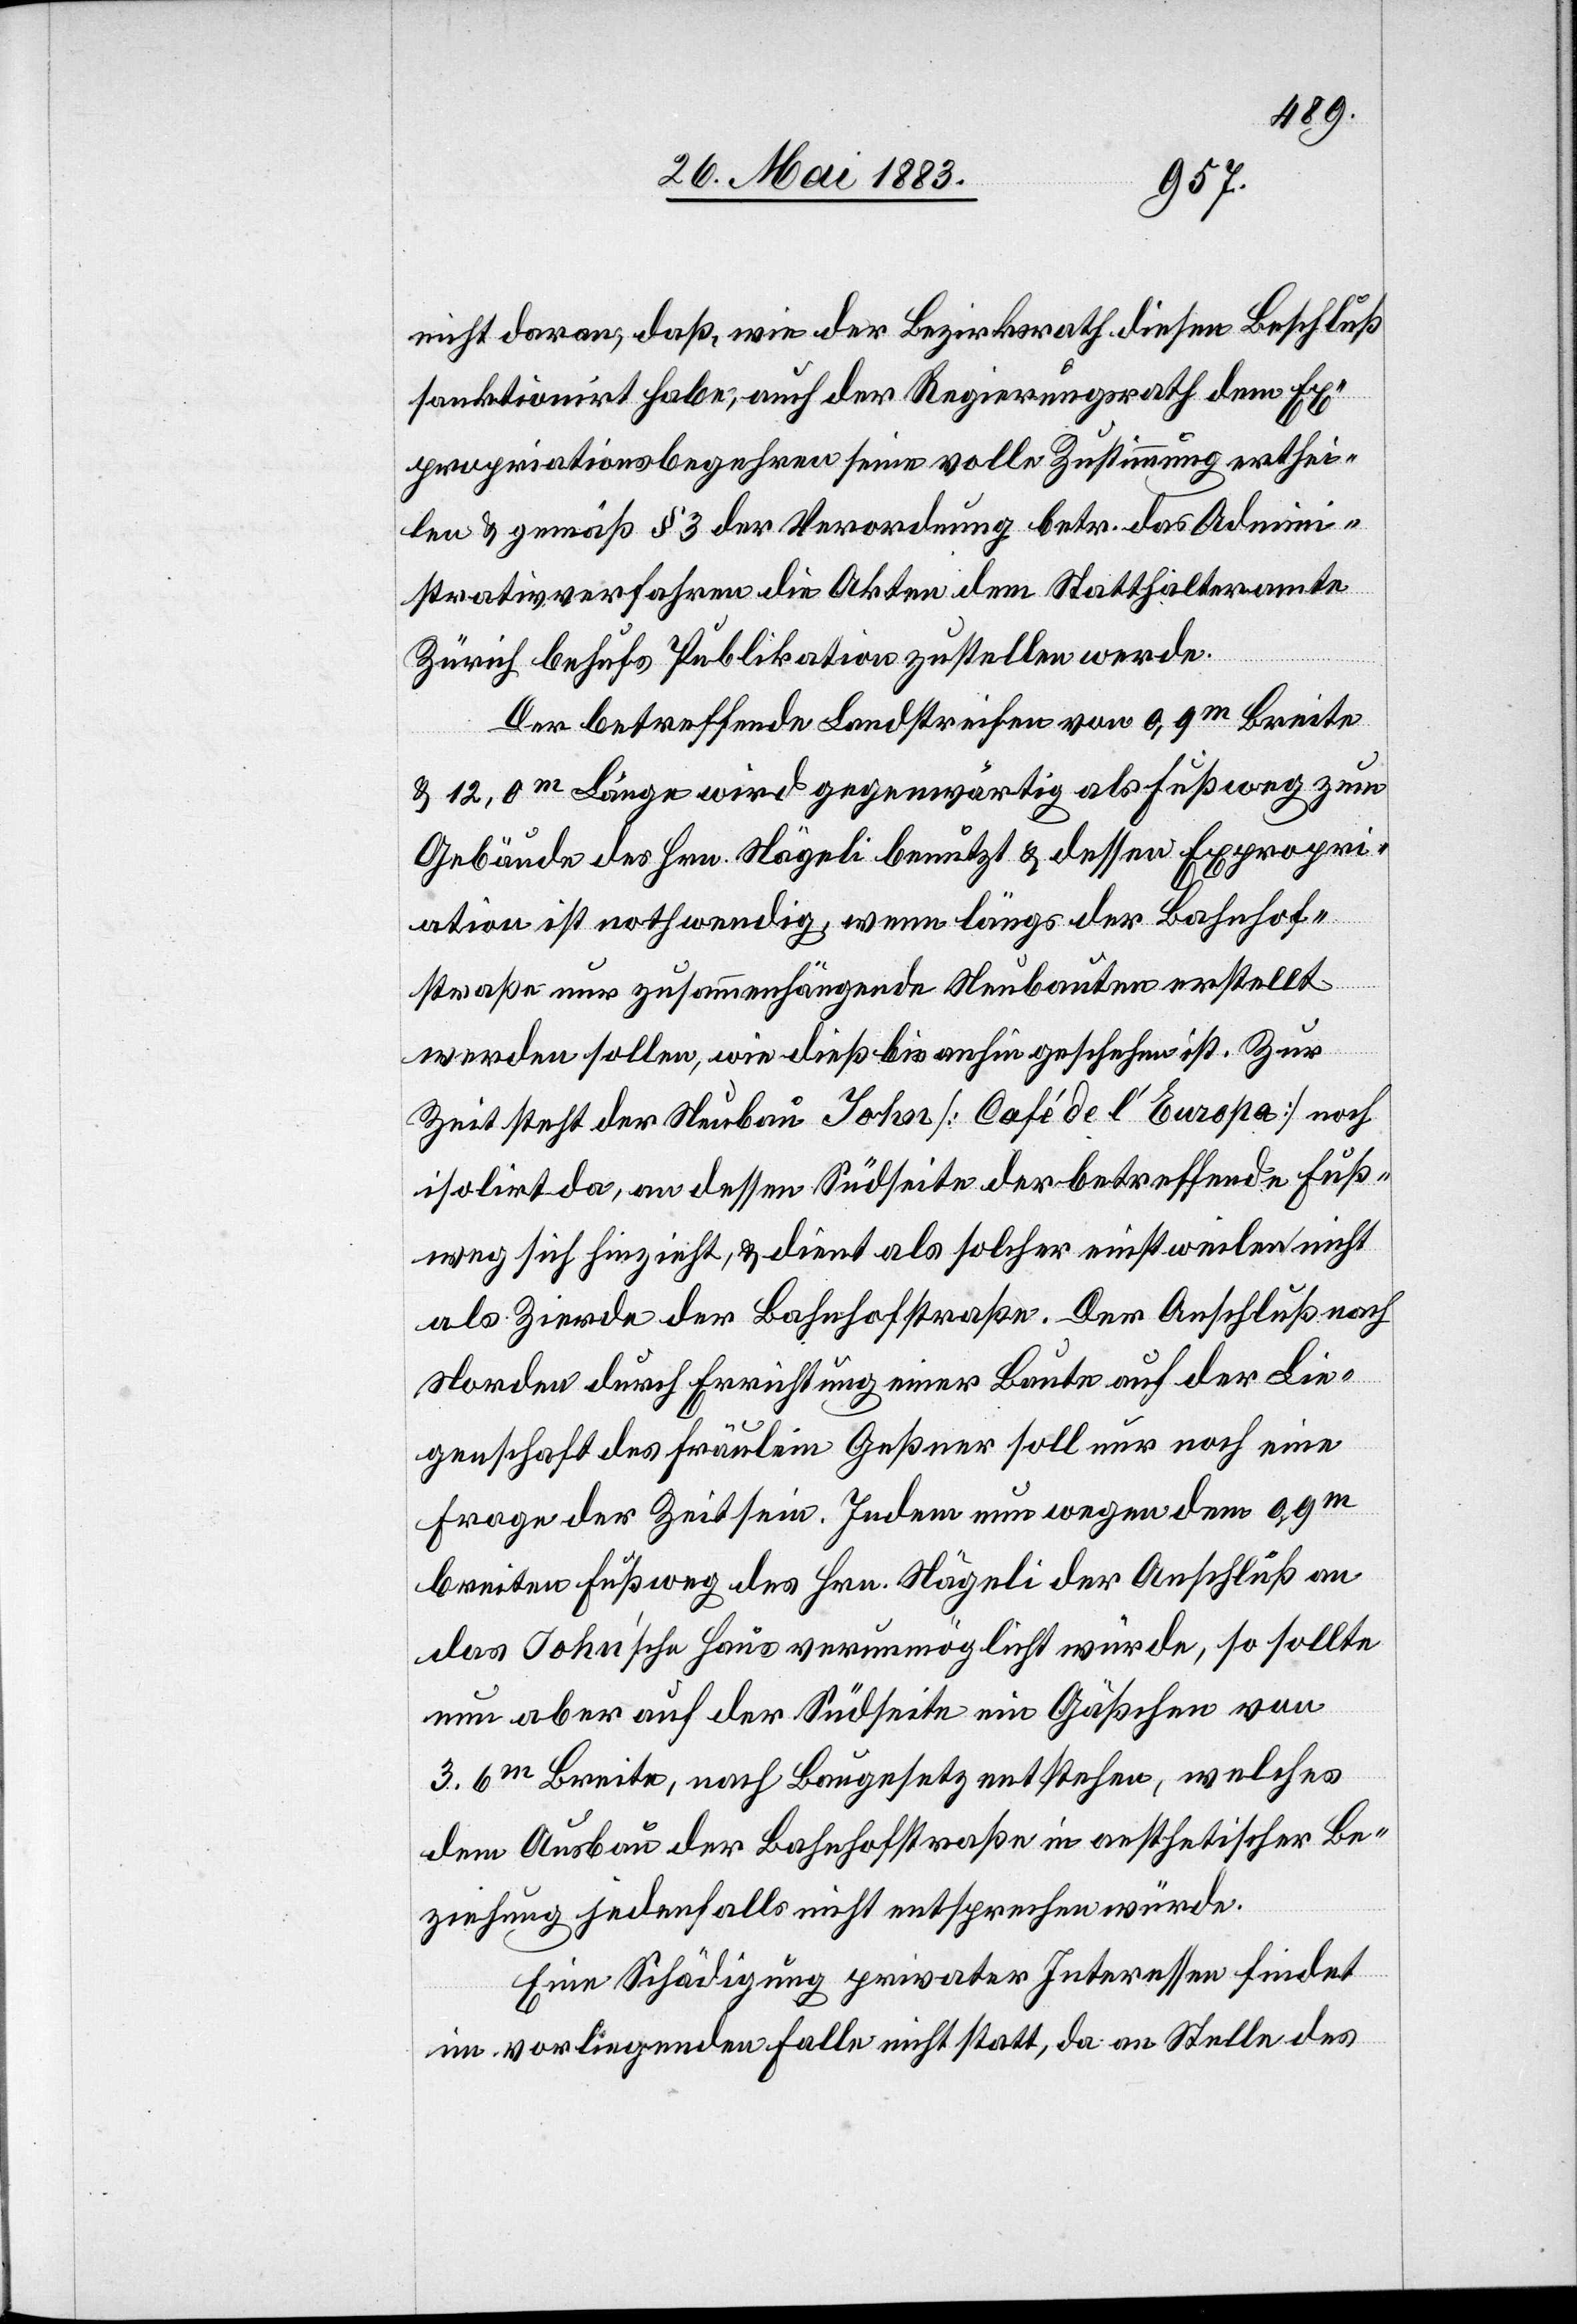
nicht daran, daß, wie der Bezirksrath diesen Beschluß
sanktioniert habe, auch der Regierungsrath dem Ex¬
propriationsbegehren seine volle Zustimmung erthei¬
len & gemäß § 3 der Verordnung betr. das Admini¬
strativverfahren die Akten dem Statthalteramte
Zürich behufs Publikation zustellen werde.
Der betreffende Landstreifen von 0,9m Breite
& 12,0m Länge wird gegenwärtig als Fußweg zum
Gebäude des Hrn. Nägeli benutzt & dessen Expropri¬
ation ist nothwendig, wenn längs der Bahnhof¬
straße nur zusammenhängende Neubauten erstellt
werden sollen, wie dieß bis anhin geschehen ist. Zur
Zeit steht der Neubau John [Café de l’Europe] noch
isolirt da, an dessen Südseite der betreffende Fuß¬
weg sich hinzieht, & dient als solcher einstweilen nicht
als Zierde der Bahnhofstraße. Der Anschluß nach
Norden durch Errichtung einer Baute auf der Lie¬
genschaft des Fräulein Geßner soll nur noch eine
Frage der Zeit sein. Indem nun wegen dem 0,9m
breiten Fußweg des Hrn. Nägeli der Anschluß an
das John’sche Haus verunmöglicht würde, so sollte
nun aber auf der Südseite ein Gässchen von
3.6m Breite, nach Baugesetz entstehen, welches
dem Ausbau der Bahnhofstraße in aesthetischer Be¬
ziehung jedenfalls nicht entsprechen würde.
Eine Schädigung privater Interessen findet
im vorliegenden Falle nicht statt, da an Stelle des